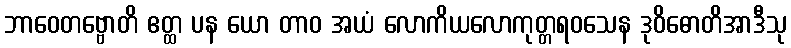
ဘာဝေတဗ္ဗောတိ ဧတ္ထ ပန ယော တာဝ အယံ လောကိယလောကုတ္တရဝသေန ဒုဝိဓောတိအာဒီသု